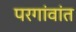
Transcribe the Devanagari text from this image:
परगांवांत